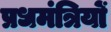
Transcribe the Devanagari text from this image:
प्रधमंत्रियों